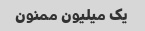
یک میلیون ممنون